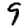
Digit: 9